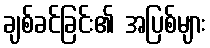
ချစ်ခင်ခြင်း၏ အပြစ်များ